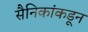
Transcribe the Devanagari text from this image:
सैनिकांकडून